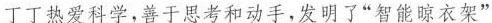
丁丁热爱科学，善于思考和动手，发明了“智能晾衣架”